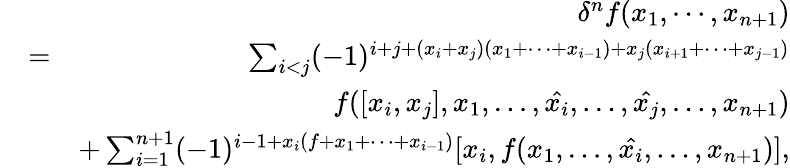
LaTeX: \begin{array}{rlr}&{}&{\delta^{n}f(x_{1},\cdots,x_{n+1})}\\ &{=}&{\sum_{i<j}(-1)^{i+j+(x_{i}+x_{j})(x_{1}+\cdots+x_{i-1})+x_{j}(x_{i+1}+\cdots+x_{j-1})}}\\ &{}&{f([x_{i},x_{j}],x_{1},\ldots,\hat{x_{i}},\ldots,\hat{x_{j}},\ldots,x_{n+1})}\\ &{}&{+\sum_{i=1}^{n+1}(-1)^{i-1+x_{i}(f+x_{1}+\cdots+x_{i-1})}[x_{i},f(x_{1},\ldots,\hat{x_{i}},\ldots,x_{n+1})],}\end{array}